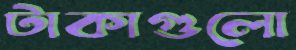
টাকাগুলো